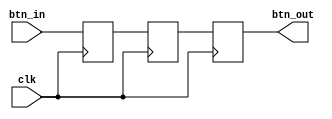
// This program was cloned from: https://github.com/FPGADude/Digital-Design
// License: GNU General Public License v3.0

`timescale 1ns / 1ps

module debounce(
    input clk,
    input btn_in,
    output btn_out
    );
    
    reg r1, r2, r3;
    
    always @(posedge clk) begin
        r1 <= btn_in;
        r2 <= r1;
        r3 <= r2;
    end
    
    assign btn_out = r3;
    
endmodule